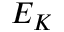
E _ { K }